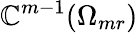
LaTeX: \mathbb{C}^{m-1}(\Omega_{mr})